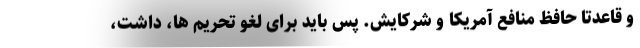
و قاعدتاً حافظ منافع آمریکا و شرکایش. پس باید برای لغو تحریم ها، داشت،